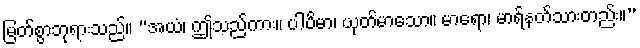
မြတ်စွာဘုရားသည်။ “အယံ၊ ဤသည်ကား။ ပါပိမာ၊ ယုတ်မာသော။ မာရော၊ မာရ်နတ်သားတည်း။”